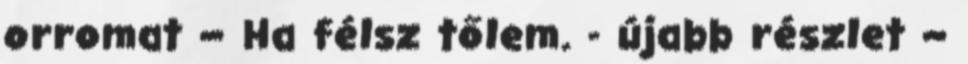
orromat – Ha félsz tőlem. - újabb részlet –